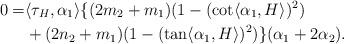
LaTeX: \begin{align*}0=&\langle \tau_{H}, \alpha_{1} \rangle \{(2m_{2}+m_{1})(1-(\cot \langle \alpha_{1}, H\rangle )^{2})\\&+(2n_{2}+m_{1})(1-(\tan \langle \alpha_{1}, H\rangle )^{2})\}(\alpha_{1}+2\alpha_{2}).\end{align*}